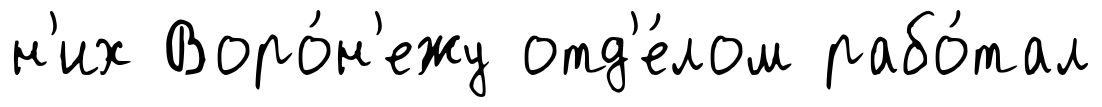
н'их Воро́н'ежу отд'е́лом рабо́тал